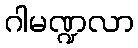
ဂါမဏ္ဍလာ